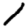
Digit: 1